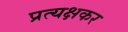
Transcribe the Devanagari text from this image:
प्रत्यक्षकर